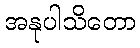
အနုပါသိတော